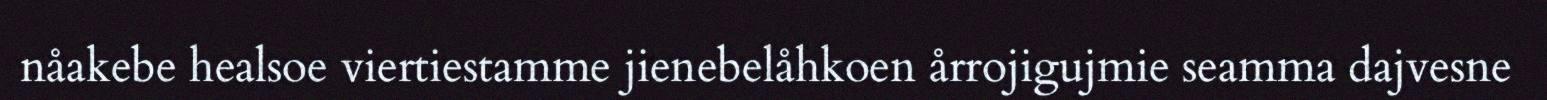
nåakebe healsoe viertiestamme jienebelåhkoen årrojigujmie seamma dajvesne